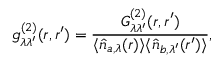
g _ { \lambda \lambda ^ { \prime } } ^ { ( 2 ) } ( \boldsymbol { r } , \boldsymbol { r } ^ { \prime } ) = \frac { G _ { \lambda \lambda ^ { \prime } } ^ { ( 2 ) } ( \boldsymbol { r } , \boldsymbol { r } ^ { \prime } ) } { \langle \hat { n } _ { a , \lambda } ( \boldsymbol { r } ) \rangle \langle \hat { n } _ { b , \lambda ^ { \prime } } ( \boldsymbol { r } ^ { \prime } ) \rangle } ,